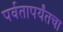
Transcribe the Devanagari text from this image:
पर्वतापर्यंतचा